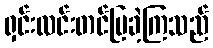
ရှင်းလင်းတင်ပြခဲ့ကြသည်